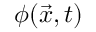
\phi ( \vec { x } , t )